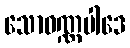
သောဝဏ္ဏပါဒေ